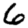
Digit: 6